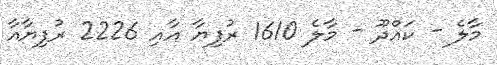
މާލެ - ކައްދޫ - މާލެ 1610 ރުފިޔާ އާއި 2226 ރުފިޔާއާ